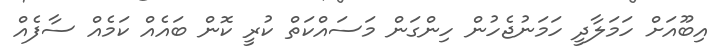
އިބޫއަށް ހަމަލާދީ ހަމަނުޖެހުން ހިންގަން މަސައްކަތް ކުރީ ކޮން ބައެއް ކަމެއް ސާފެއް